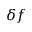
\delta f